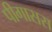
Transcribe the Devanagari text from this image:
पीगासस